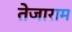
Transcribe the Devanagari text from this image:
तेजाराम